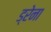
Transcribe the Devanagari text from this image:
ड्रेना